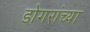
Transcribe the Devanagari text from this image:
डोगरांच्या